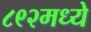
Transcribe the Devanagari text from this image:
८९२मध्ये